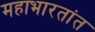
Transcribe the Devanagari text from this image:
महाभारतांत